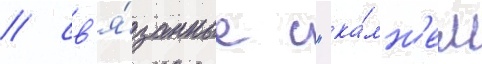
/ св'я́занные с "ка́мн'ем